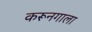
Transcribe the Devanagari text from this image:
करूनगाला